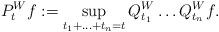
LaTeX: \begin{align*}P_t^W f:= \sup_{t_1 + \ldots + t_n = t} Q_{t_1}^W \ldots Q_{t_n}^W f.\end{align*}